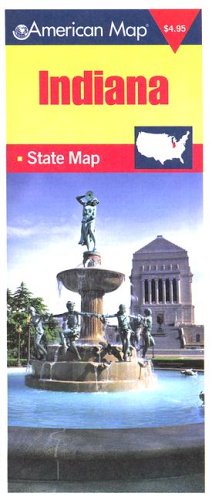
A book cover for Indiana State Travel Vision Pocket Map (American Map); Travel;